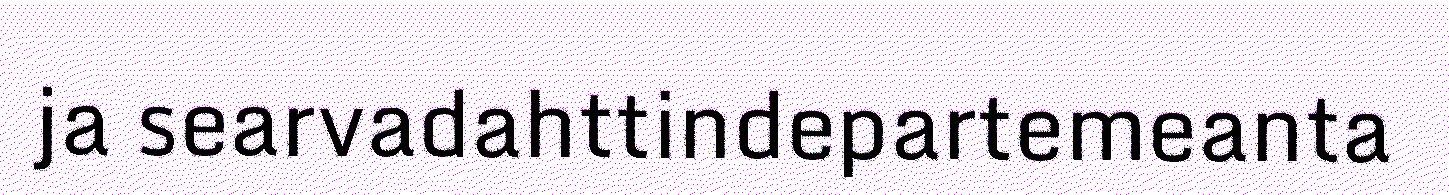
ja searvadahttindepartemeanta